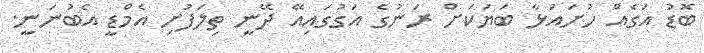
ބޮޑު އަގެއް ހުށައަޅާ ބަޔަކަށް ރަނުގެ އަގުގައިއޭ ދޭނީ ތިލަފުށި އެމްޑީ އެބުނަނީ.